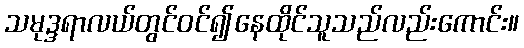
သမုဒ္ဒရာလယ်တွင်ဝင်၍နေထိုင်သူသည်လည်းကောင်း။